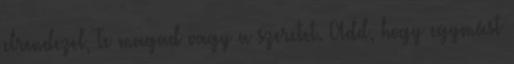
elrendezel, Te magad vagy a szeretet. Add, hogy egymást